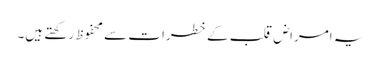
یہ امراض قلب کے خطرات سے محفوظ رکھتے ہیں۔